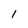
Character: 1